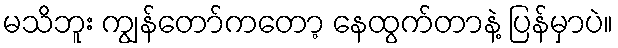
မသိဘူး ကျွန်တော်ကတော့ နေထွက်တာနဲ့ ပြန်မှာပဲ။